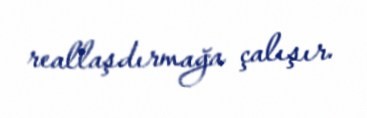
reallaşdırmağa çalışır.